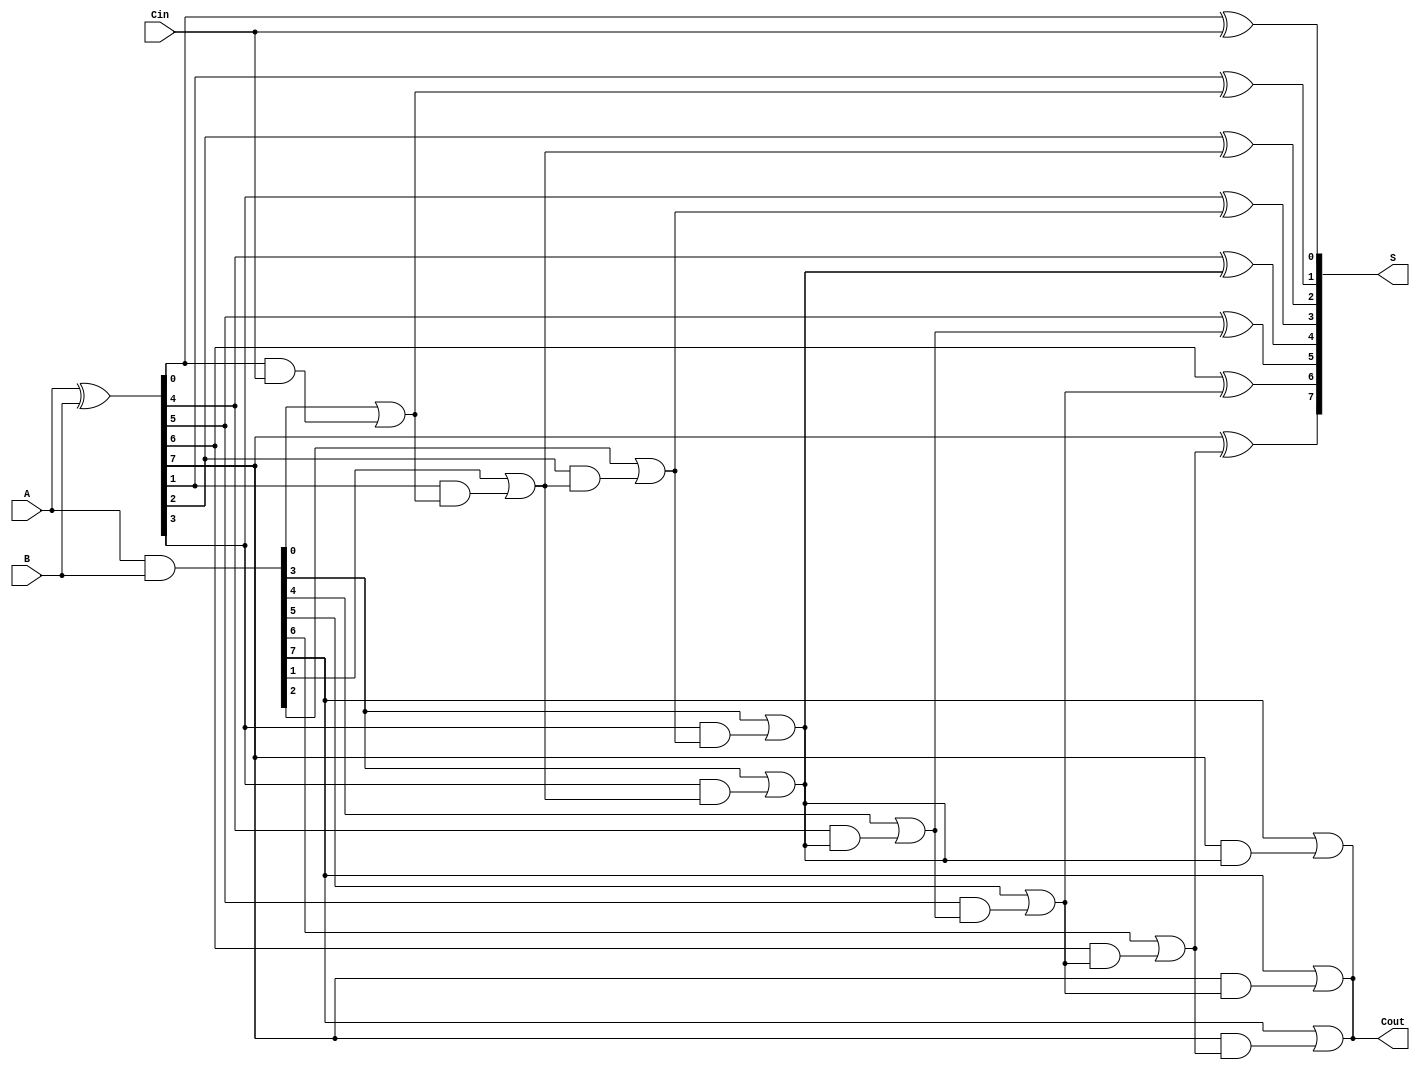
module brent_kung_adder #(parameter n = 8) (
    input  [n-1:0] A,      // First n-bit input
    input  [n-1:0] B,      // Second n-bit input
    input          Cin,     // Carry-in
    output [n-1:0] S,      // n-bit sum output
    output         Cout     // Carry-out
);

    wire [n-1:0] G;        // Generate signals
    wire [n-1:0] P;        // Propagate signals
    wire [n:0] C;          // Carry signals (n+1 to accommodate Cout)

    // Generate and Propagate signals
    assign G = A & B;      // Generate
    assign P = A ^ B;      // Propagate

    // Carry Generation
    assign C[0] = Cin;     // Initial carry-in
    genvar i, j;
    
    // Level 1
    assign C[1] = G[0] | (P[0] & C[0]);
    
    // Level 2
    for (i = 1; i < n; i = i + 1) begin
        assign C[i + 1] = G[i] | (P[i] & C[i]);
    end

    // Carry Generation for higher levels
    // Brent-Kung tree structure
    for (i = 2; i <= n; i = i * 2) begin
        for (j = 0; j < n / i; j = j + 1) begin
            assign C[j * i + i] = G[j * i + i - 1] | (P[j * i + i - 1] & C[j * i + (i / 2)]);
        end
    end

    // Sum Calculation
    genvar k;
    for (k = 0; k < n; k = k + 1) begin
        assign S[k] = P[k] ^ C[k];
    end

    assign Cout = C[n];    // Final carry-out

endmodule